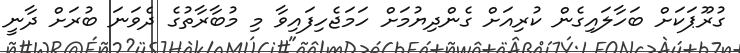
ގުރޫޕަކަށް ބަހާލައިގެން ކުރިއަށް ގެންދިޔުމަށް ހަމަޖެހިފައިވާ މި މުބާރާތުގެ ދެވަނަ ބުރަށް ދާނީ